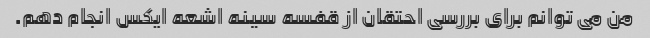
من می توانم برای بررسی احتقان از قفسه سینه اشعه ایکس انجام دهم.